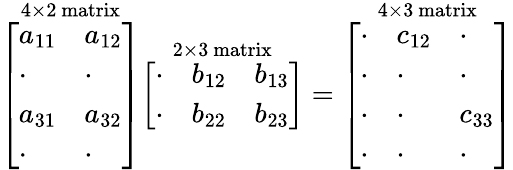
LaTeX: {\overset{4\times 2{\mathrm{~matrix}}}{\left[\begin{array}{ll}{a_{11}}&{a_{12}}\\ {\cdot}&{\cdot}\\ {a_{31}}&{a_{32}}\\ {\cdot}&{\cdot}\end{array}\right]}}{\overset{2\times 3{\mathrm{~matrix}}}{\left[\begin{array}{lll}{\cdot}&{b_{12}}&{b_{13}}\\ {\cdot}&{b_{22}}&{b_{23}}\end{array}\right]}}={\overset{4\times 3{\mathrm{~matrix}}}{\left[\begin{array}{lll}{\cdot}&{c_{12}}&{\cdot}\\ {\cdot}&{\cdot}&{\cdot}\\ {\cdot}&{\cdot}&{c_{33}}\\ {\cdot}&{\cdot}&{\cdot}\end{array}\right]}}